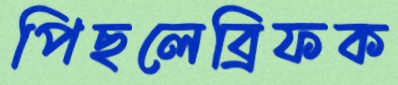
পিছলেব্রিফক